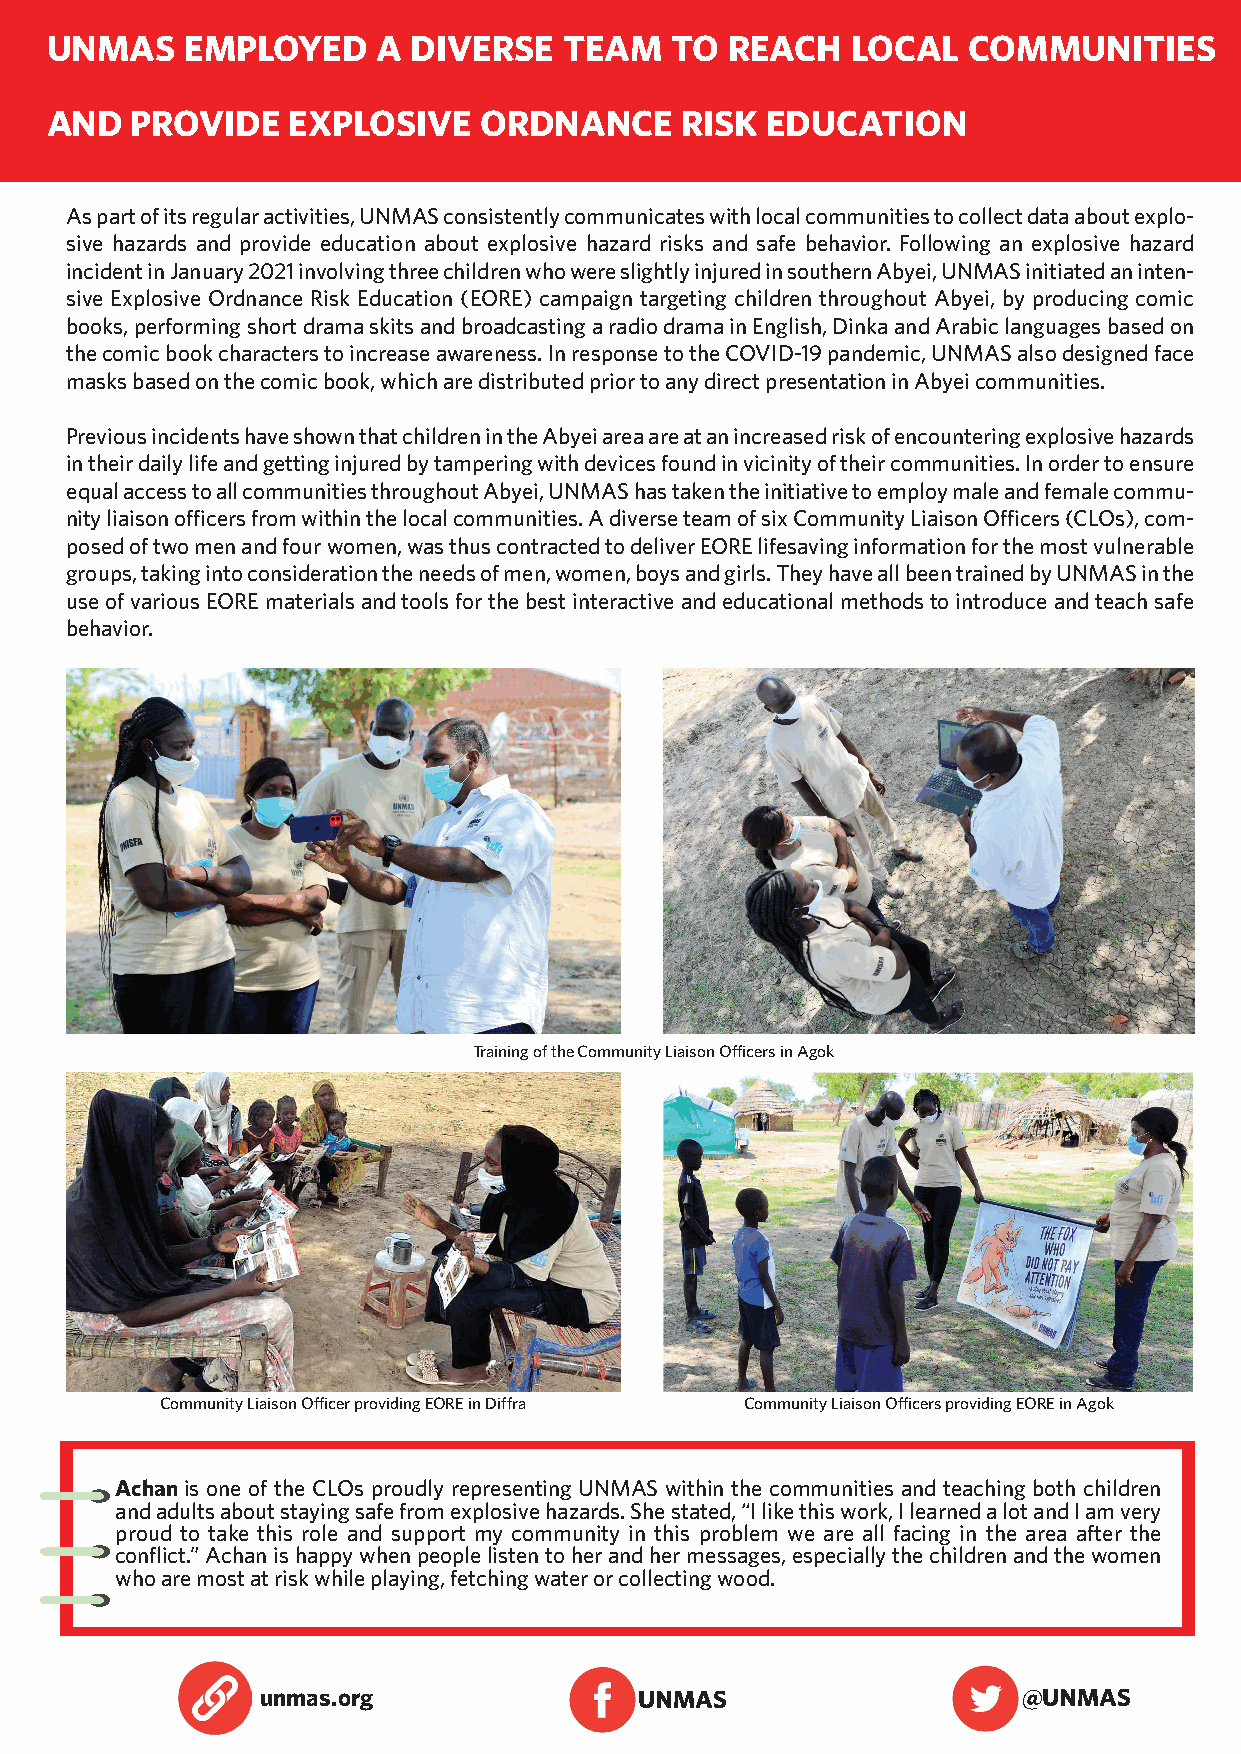
UNMAS    EMPLOYED     A DIVERSE   TEAM   TO  REACH   LOCAL   COMMUNITIES
 AND   PROVIDE   EXPLOSIVE    ORDNANCE     RISK  EDUCATION
 As part of its regular activities, UNMAS consistently communicates with local communities to collect data about explo-
 sive hazards and provide education about explosive hazard risks and safe behavior. Following an explosive hazard
 incident in January 2021 involving three children who were slightly injured in southern Abyei, UNMAS initiated an inten-
 sive Explosive Ordnance Risk Education (EORE) campaign targeting children throughout Abyei, by producing comic
 books, performing short drama skits and broadcasting a radio drama in English, Dinka and Arabic languages based on
 the comic book characters to increase awareness. In response to the COVID-19 pandemic, UNMAS also designed face
 masks based on the comic book, which are distributed prior to any direct presentation in Abyei communities.
 Previous incidents have shown that children in the Abyei area are at an increased risk of encountering explosive hazards
 in their daily life and getting injured by tampering with devices found in vicinity of their communities. In order to ensure
 equal access to all communities throughout Abyei, UNMAS has taken the initiative to employ male and female commu-
 nity liaison officers from within the local communities. A diverse team of six Community Liaison Officers (CLOs), com-
 posed of two men and four women, was thus contracted to deliver EORE lifesaving information for the most vulnerable
 groups, taking into consideration the needs of men, women, boys and girls. They have all been trained by UNMAS in the
 use of various EORE materials and tools for the best interactive and educational methods to introduce and teach safe
 behavior.
 Training of the Community Liaison Officers in Agok
 Community Liaison Officer providing EORE in Diffra Community Liaison Officers providing EORE in Agok
 Achan is one of the CLOs proudly representing UNMAS within the communities and teaching both children
 and adults about staying safe from explosive hazards. She stated, “I like this work, I learned a lot and I am very
 proud to take this role and support my community in this problem we are all facing in the area after the
 conflict.” Achan is happy when people listen to her and her messages, especially the children and the women
 who are most at risk while playing, fetching water or collecting wood.
 unmas.org                UNMAS                     @UNMAS